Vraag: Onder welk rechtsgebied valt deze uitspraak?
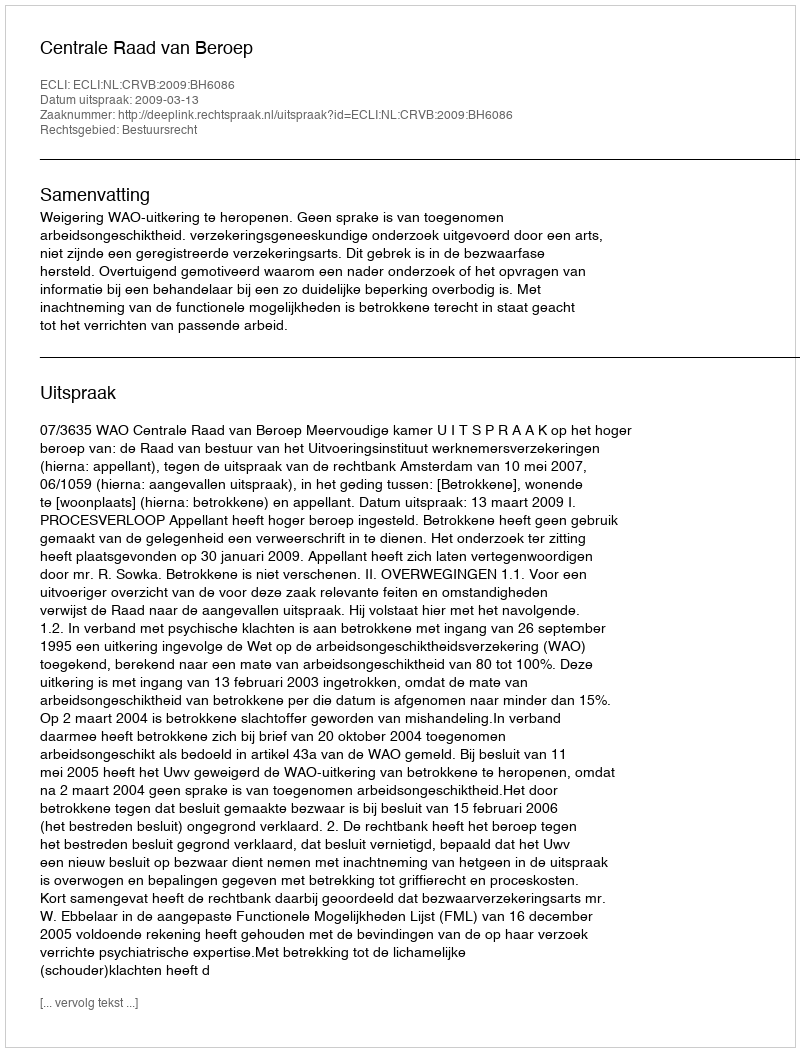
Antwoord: Bestuursrecht